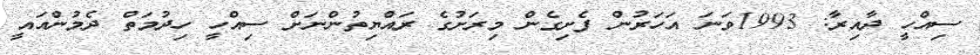
ސިއްހީ ދާއިރާ: 1993ވަނަ އަހަރުން ފެށިގެން މިރަށުގެ ރައްޔިތުންނަށް ސިއްހީ ހިދުމަތް ދެމުންއައީ